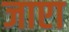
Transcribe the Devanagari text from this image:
जाएा